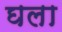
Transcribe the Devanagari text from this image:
घला